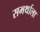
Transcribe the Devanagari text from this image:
समर्थाला